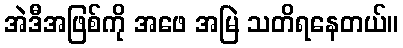
အဲဒီအဖြစ်ကို အဖေ အမြဲ သတိရနေတယ်။